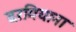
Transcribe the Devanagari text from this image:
दरमियाना